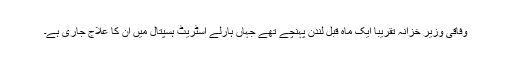
وفاقی وزیر خزانہ تقریبا ایک ماہ قبل لندن پہنچے تھے جہاں ہارلے اسٹریٹ ہسپتال میں ان کا علاج جاری ہے۔